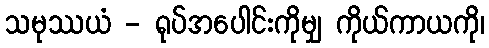
သမုဿယံ - ရုပ်အပေါင်းကိုမျှ ကိုယ်ကာယကို၊